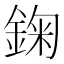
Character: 𨨠